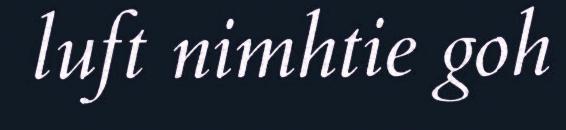
luft nimhtie goh